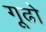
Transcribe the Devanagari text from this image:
गूढो